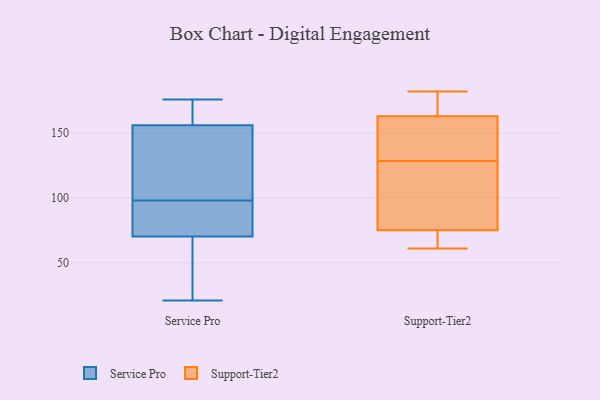
{"axis": {"x": "Website Visitors", "y": "Value"}, "legend": ["Service Pro", "Support-Tier2"], "data": [{"x": "", "y": 59, "type": "Service Pro"}, {"x": "", "y": 156, "type": "Service Pro"}, {"x": "", "y": 157, "type": "Service Pro"}, {"x": "", "y": 98, "type": "Service Pro"}, {"x": "", "y": 74, "type": "Service Pro"}, {"x": "", "y": 93, "type": "Service Pro"}, {"x": "", "y": 176, "type": "Service Pro"}, {"x": "", "y": 157, "type": "Service Pro"}, {"x": "", "y": 112, "type": "Service Pro"}, {"x": "", "y": 21, "type": "Service Pro"}, {"x": "", "y": 146, "type": "Service Pro"}, {"x": "", "y": 145, "type": "Service Pro"}, {"x": "", "y": 89, "type": "Service Pro"}, {"x": "", "y": 91, "type": "Service Pro"}, {"x": "", "y": 156, "type": "Service Pro"}, {"x": "", "y": 56, "type": "Service Pro"}, {"x": "", "y": 47, "type": "Service Pro"}, {"x": "", "y": 172, "type": "Support-Tier2"}, {"x": "", "y": 159, "type": "Support-Tier2"}, {"x": "", "y": 182, "type": "Support-Tier2"}, {"x": "", "y": 138, "type": "Support-Tier2"}, {"x": "", "y": 156, "type": "Support-Tier2"}, {"x": "", "y": 73, "type": "Support-Tier2"}, {"x": "", "y": 77, "type": "Support-Tier2"}, {"x": "", "y": 68, "type": "Support-Tier2"}, {"x": "", "y": 167, "type": "Support-Tier2"}, {"x": "", "y": 61, "type": "Support-Tier2"}, {"x": "", "y": 117, "type": "Support-Tier2"}, {"x": "", "y": 119, "type": "Support-Tier2"}]}